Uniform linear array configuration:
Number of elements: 64
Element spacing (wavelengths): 1
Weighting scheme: binomial
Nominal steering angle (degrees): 30
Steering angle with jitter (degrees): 29.511
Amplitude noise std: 0.05
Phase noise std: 0.05

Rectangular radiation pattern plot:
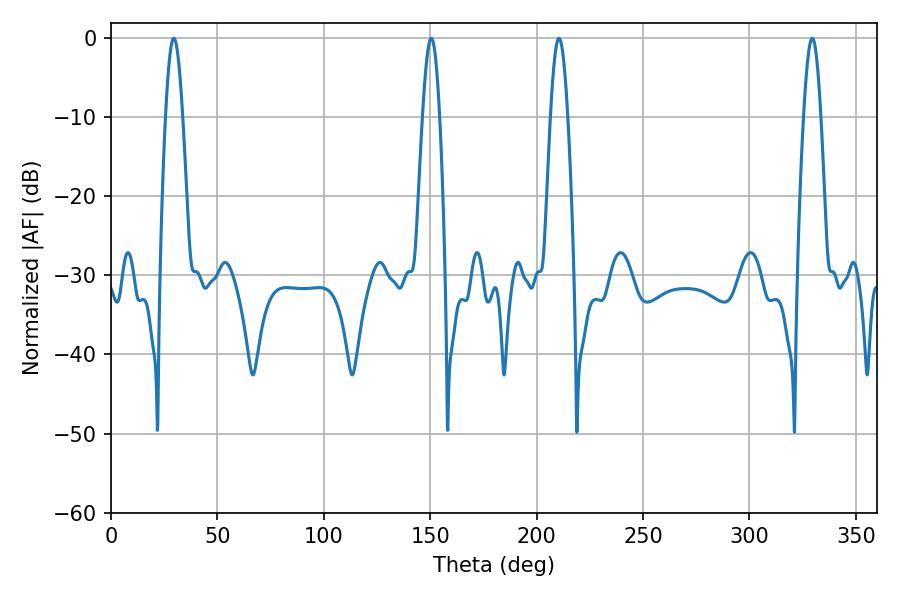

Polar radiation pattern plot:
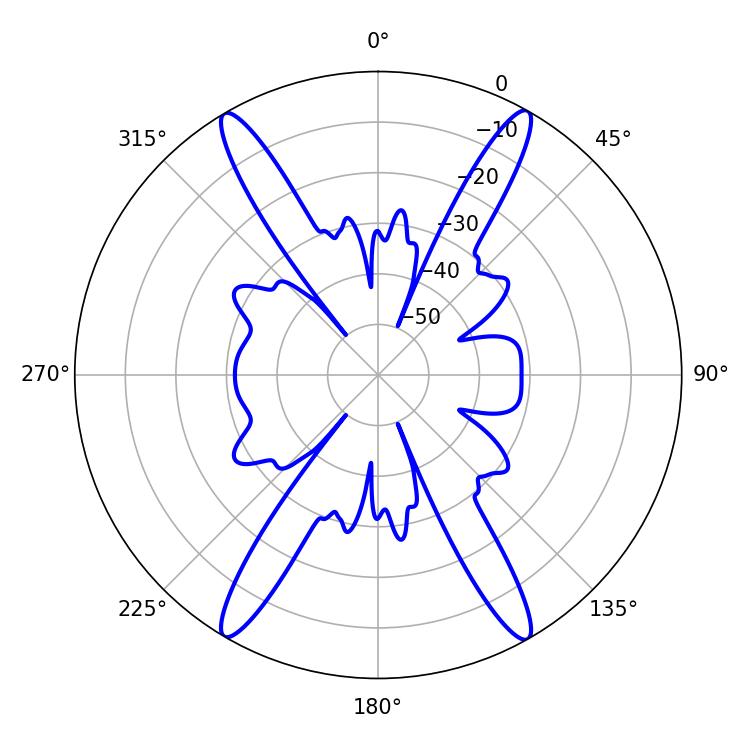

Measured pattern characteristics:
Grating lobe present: TRUE
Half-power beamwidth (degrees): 4.32
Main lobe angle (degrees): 29.52